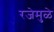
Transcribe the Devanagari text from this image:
रजेमुळे